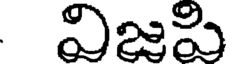
విజపి